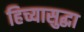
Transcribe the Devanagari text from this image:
हिच्यासुद्धा